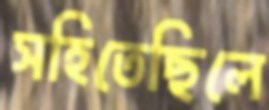
সহিতেছিলে